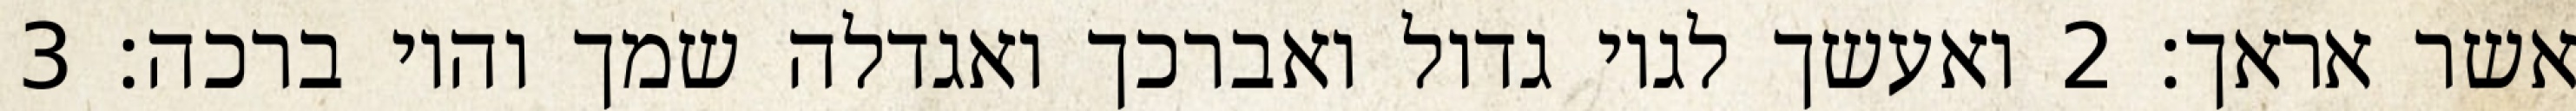
אשר אראך׃ ‎2‏ ואעשך לגוי גדול ואברכך ואגדלה שמך והוי ברכה׃ ‎3‏